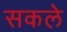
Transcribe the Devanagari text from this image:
सकले